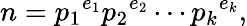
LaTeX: n={p_{1}}^{e_{1}}{p_{2}}^{e_{2}}\cdots{p_{k}}^{e_{k}},